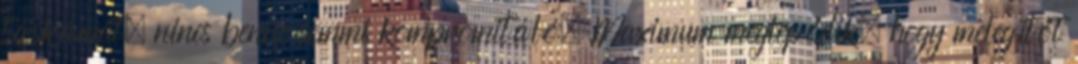
táskámat, nincs benne semmi kompromitáló. Maximum meglepődik, hogy melegítőt